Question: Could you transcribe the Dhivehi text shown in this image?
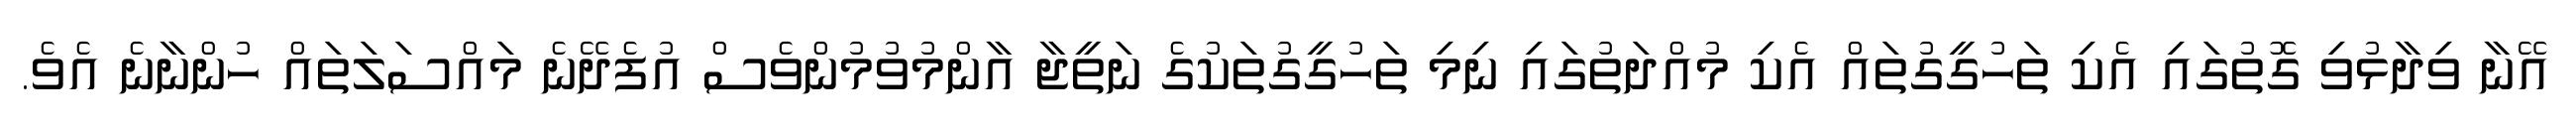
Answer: އޭނާ ވިދާޅުވި ގޮތުގައި އެކި ތަހުގީގުތައް އެކި މުއްދަތުގައި ނިމި ތަހުގީގުތަކުގެ ނަތީޖާ އާންމުވުމުންވެސް އުފެދޭނެ މައްސަލަތައް ހުންނާނެ އެވެ.